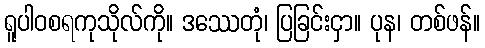
ရူပါဝစရကုသိုလ်ကို။ ဒဿေတုံ၊ ပြခြင်းငှာ။ ပုန၊ တစ်ဖန်။